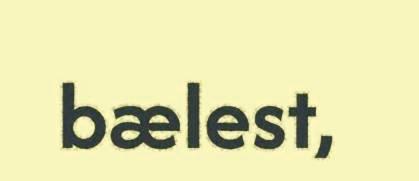
bælest,